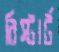
রিস্টার্ট